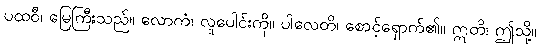
ပထဝီ၊ မြေကြီးသည်။ လောကံ၊ လူပေါင်းကို။ ပါလေတိ၊ စောင့်ရှောက်၏။ ဣတိ၊ ဤသို့။